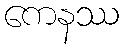
ကေနဿ